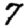
Digit: 7